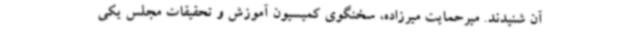
آن شنیدند. میرحمایت میرزاده، سخنگوی کمیسیون آموزش و تحقیقات مجلس یکی